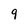
Character: 9